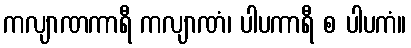
ကလျာဏကာရီ ကလျာဏံ၊ ပါပကာရီ စ ပါပကံ။